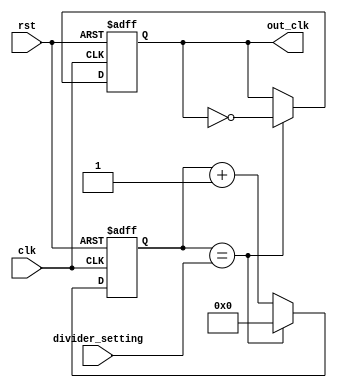
module Frequency_synthesizer_clock_divider (
    input wire clk, //incoming clock signal from frequency synthesizer
    input wire rst, //reset signal
    input wire [7:0] divider_setting, //user-defined parameters for frequency divider settings
    output reg out_clk //output lower frequency clock signal
);

reg [7:0] counter;

always @ (posedge clk or posedge rst) begin
    if (rst) begin
        counter <= 8'd0;
        out_clk <= 1'b0;
    end else begin
        if (counter == divider_setting) begin
            counter <= 8'd0;
            out_clk <= ~out_clk;
        end else begin
            counter <= counter + 1;
        end
    end
end

endmodule